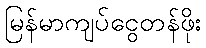
မြန်မာကျပ်ငွေတန်ဖိုး